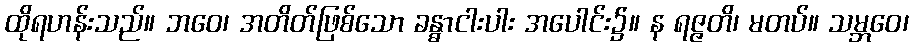
ထိုရဟန်းသည်။ ဘဝေ၊ အတိတ်ဖြစ်သော ခန္ဓာငါးပါး အပေါင်း၌။ န ရဇ္ဇတိ၊ မတပ်။ သမ္ဘဝေ၊